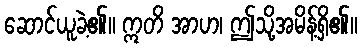
ဆောင်ယူခဲ့၏။ ဣတိ အာဟ၊ ဤသို့အမိန့်ရှိ၏။